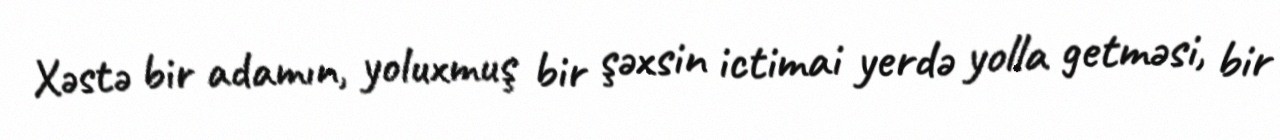
Xəstə bir adamın, yoluxmuş bir şəxsin ictimai yerdə yolla getməsi, bir